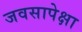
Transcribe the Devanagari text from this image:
जवसापेक्षा